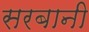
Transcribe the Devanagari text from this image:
सरबानी